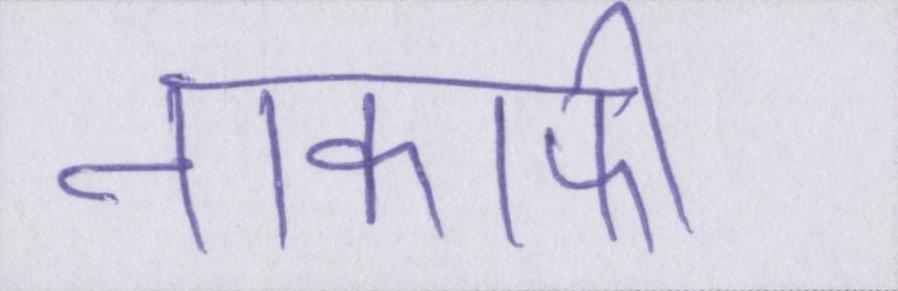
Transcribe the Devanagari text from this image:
नाकाफी